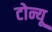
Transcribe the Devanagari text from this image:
टोन्यू